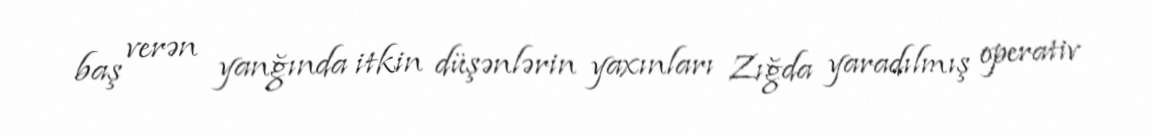
baş verən yanğında itkin düşənlərin yaxınları Zığda yaradılmış operativ